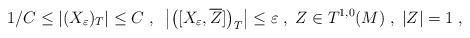
LaTeX: \begin{align*} 1/C\leq |(X_{\varepsilon})_{T}|\leq C\;,\;\;\left|\left([X_{\varepsilon}, \overline{Z}]\right)_{T}\right| \leq \varepsilon \;,\;Z\in T^{1,0}(M)\;,\;|Z|=1\;,\end{align*}